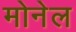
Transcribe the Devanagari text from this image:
मोनेल